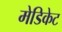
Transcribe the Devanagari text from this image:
मेडिकेट